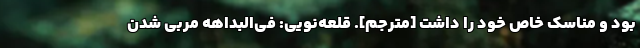
بود و مناسک خاص خود را داشت [مترجم]. قلعه‌نویی: فی‌البداهه مربی شدن